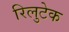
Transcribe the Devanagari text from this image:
रिलुटेक